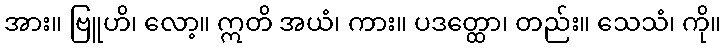
အား။ ဗြူဟိ၊ လော့။ ဣတိ အယံ၊ ကား။ ပဒတ္ထော၊ တည်း။ သေသံ၊ ကို။